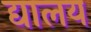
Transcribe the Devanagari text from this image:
द्यालय